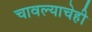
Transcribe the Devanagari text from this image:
चावल्याचेही